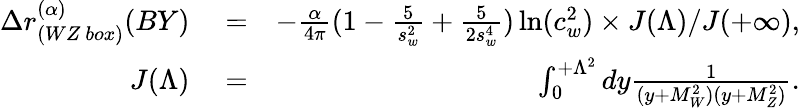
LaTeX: \begin{array}{rlr}{\Delta r_{(WZ\ box)}^{(\alpha)}(BY)}&{{}=}&{-\frac{\alpha}{4\pi}(1-\frac{5}{s_{w}^{2}}+\frac{5}{2s_{w}^{4}})\ln(c_{w}^{2})\times J(\Lambda)/J(+\infty),}\\ {J(\Lambda)}&{{}=}&{\int_{0}^{+\Lambda^{2}}dy\frac{1}{(y+M_{W}^{2})(y+M_{Z}^{2})}.}\end{array}